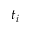
t _ { i }